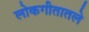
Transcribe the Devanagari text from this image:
लोकगीतातले